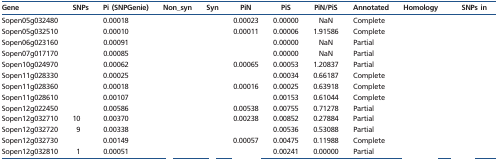
<table><thead><tr><td><b>Gene</b></td><td><b>SNPs</b></td><td><b>Pi (SNPGenie) </b></td><td><b>Non_syn</b></td><td><b>Syn</b></td><td><b>PiN</b></td><td><b>PiS</b></td><td><b>PiN/PiS</b></td><td><b>Annotated</b></td><td><b>Homology</b></td><td><b>SNPs in</b></td></tr></thead><tbody><tr><td>Sopen05g032480</td><td>[EMPTY_CELL]</td><td>0.00018</td><td>[EMPTY_CELL]</td><td>[EMPTY_CELL]</td><td>0.00023</td><td>0.00000</td><td>NaN</td><td>Complete</td><td>[EMPTY_CELL]</td><td>[EMPTY_CELL]</td></tr><tr><td>Sopen05g032510</td><td>[EMPTY_CELL]</td><td>0.00010</td><td>[EMPTY_CELL]</td><td>[EMPTY_CELL]</td><td>0.00011</td><td>0.00006</td><td>1.91586</td><td>Complete</td><td>[EMPTY_CELL]</td><td>[EMPTY_CELL]</td></tr><tr><td>Sopen06g023160</td><td>[EMPTY_CELL]</td><td>0.00091</td><td>[EMPTY_CELL]</td><td>[EMPTY_CELL]</td><td>[EMPTY_CELL]</td><td>0.00000</td><td>NaN</td><td>Partial</td><td>[EMPTY_CELL]</td><td>[EMPTY_CELL]</td></tr><tr><td>Sopen07g017170</td><td>[EMPTY_CELL]</td><td>0.00085</td><td>[EMPTY_CELL]</td><td>[EMPTY_CELL]</td><td>[EMPTY_CELL]</td><td>0.00000</td><td>NaN</td><td>Partial</td><td>[EMPTY_CELL]</td><td>[EMPTY_CELL]</td></tr><tr><td>Sopen10g024970</td><td>[EMPTY_CELL]</td><td>0.00062</td><td>[EMPTY_CELL]</td><td>[EMPTY_CELL]</td><td>0.00065</td><td>0.00053</td><td>1.20837</td><td>Partial</td><td>[EMPTY_CELL]</td><td>[EMPTY_CELL]</td></tr><tr><td>Sopen11g028330</td><td>[EMPTY_CELL]</td><td>0.00025</td><td>[EMPTY_CELL]</td><td>[EMPTY_CELL]</td><td>[EMPTY_CELL]</td><td>0.00034</td><td>0.66187</td><td>Complete</td><td>[EMPTY_CELL]</td><td>[EMPTY_CELL]</td></tr><tr><td>Sopen11g028360</td><td>[EMPTY_CELL]</td><td>0.00018</td><td>[EMPTY_CELL]</td><td>[EMPTY_CELL]</td><td>0.00016</td><td>0.00025</td><td>0.63918</td><td>Complete</td><td>[EMPTY_CELL]</td><td>[EMPTY_CELL]</td></tr><tr><td>Sopen11g028610</td><td>[EMPTY_CELL]</td><td>0.00107</td><td>[EMPTY_CELL]</td><td>[EMPTY_CELL]</td><td>[EMPTY_CELL]</td><td>0.00153</td><td>0.61044</td><td>Complete</td><td>[EMPTY_CELL]</td><td>[EMPTY_CELL]</td></tr><tr><td>Sopen12g022450</td><td>[EMPTY_CELL]</td><td>0.00586</td><td>[EMPTY_CELL]</td><td>[EMPTY_CELL]</td><td>0.00538</td><td>0.00755</td><td>0.71278</td><td>Partial</td><td>[EMPTY_CELL]</td><td>[EMPTY_CELL]</td></tr><tr><td>Sopen12g032710</td><td>10</td><td>0.00370</td><td>[EMPTY_CELL]</td><td>[EMPTY_CELL]</td><td>0.00238</td><td>0.00852</td><td>0.27884</td><td>Partial</td><td>[EMPTY_CELL]</td><td>[EMPTY_CELL]</td></tr><tr><td>Sopen12g032720</td><td>9</td><td>0.00338</td><td>[EMPTY_CELL]</td><td>[EMPTY_CELL]</td><td>[EMPTY_CELL]</td><td>0.00536</td><td>0.53088</td><td>Partial</td><td>[EMPTY_CELL]</td><td>[EMPTY_CELL]</td></tr><tr><td>Sopen12g032730</td><td>[EMPTY_CELL]</td><td>0.00149</td><td>[EMPTY_CELL]</td><td>[EMPTY_CELL]</td><td>0.00057</td><td>0.00475</td><td>0.11988</td><td>Complete</td><td>[EMPTY_CELL]</td><td>[EMPTY_CELL]</td></tr><tr><td>Sopen12g032810</td><td>1</td><td>0.00051</td><td>[EMPTY_CELL]</td><td>[EMPTY_CELL]</td><td>[EMPTY_CELL]</td><td>0.00241</td><td>0.00000</td><td>Partial</td><td>[EMPTY_CELL]</td><td>[EMPTY_CELL]</td></tr></tbody></table>